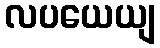
လပယေယျ